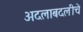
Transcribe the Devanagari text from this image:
अदलाबदलीचे